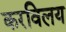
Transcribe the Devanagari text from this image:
करविलय